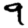
Digit: 9